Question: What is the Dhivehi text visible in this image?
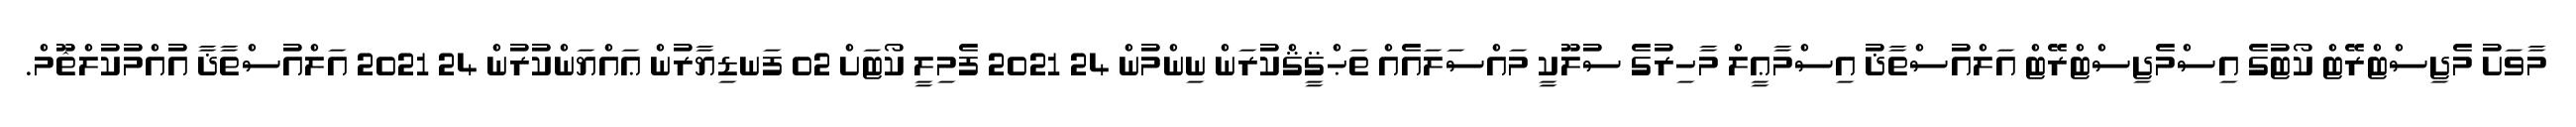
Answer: މާވަށު މެޖިސްޓްރޭޓް ކޯޓުގެ އިސްމެޖިސްޓްރޭޓް އަލްއުސްތާޛު އިސްމާޢީލް މާހިރުގެ ސުލޫކީ މައްސަލައެއް ތަޙްޤީޤްކުރަން ނިންމުން 24 2021 ފެމިލީ ކޯޓަށް 02 ފަނޑިޔާރުން ޢައްޔަންކުރުން 24 2021 އަލްއުސްތާޛާ އުއްމުކުލްޘޫމް.